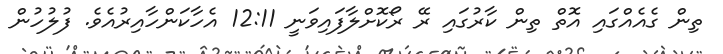
ތިން ގެއެއްގައި އޮތް ތިން ކާރުގައި ރޭ ރޯކޮށްލާފައިވަނީ 12:11 އެހާކަންހާއިރުއެވެ. ފުލުހުން